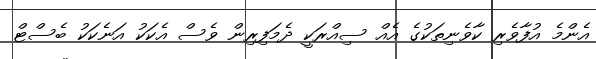
އެންމެ އުފާވެރި ކާވެނިތަކުގެ އެއް ސިއްރަކީ ދެމަފިރިން ވެސް އެކަކު އަނެކަކު ބެސްޓް